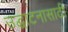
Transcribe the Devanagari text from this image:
उद्घाटनासाठी